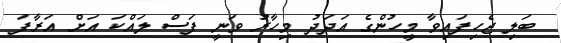
ބަލި ޖެހިފައިވާ މީހުންގެ އަދަދު މިހާރު ވަނީ ފަސް ލައްކަ އަށް އަރާފަ